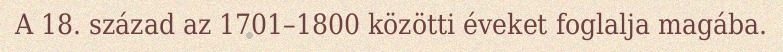
A 18. század az 1701–1800 közötti éveket foglalja magába.